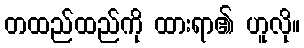
တထည်ထည်ကို ထားရာ၏ ဟူလို။